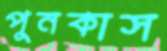
পুনকাস